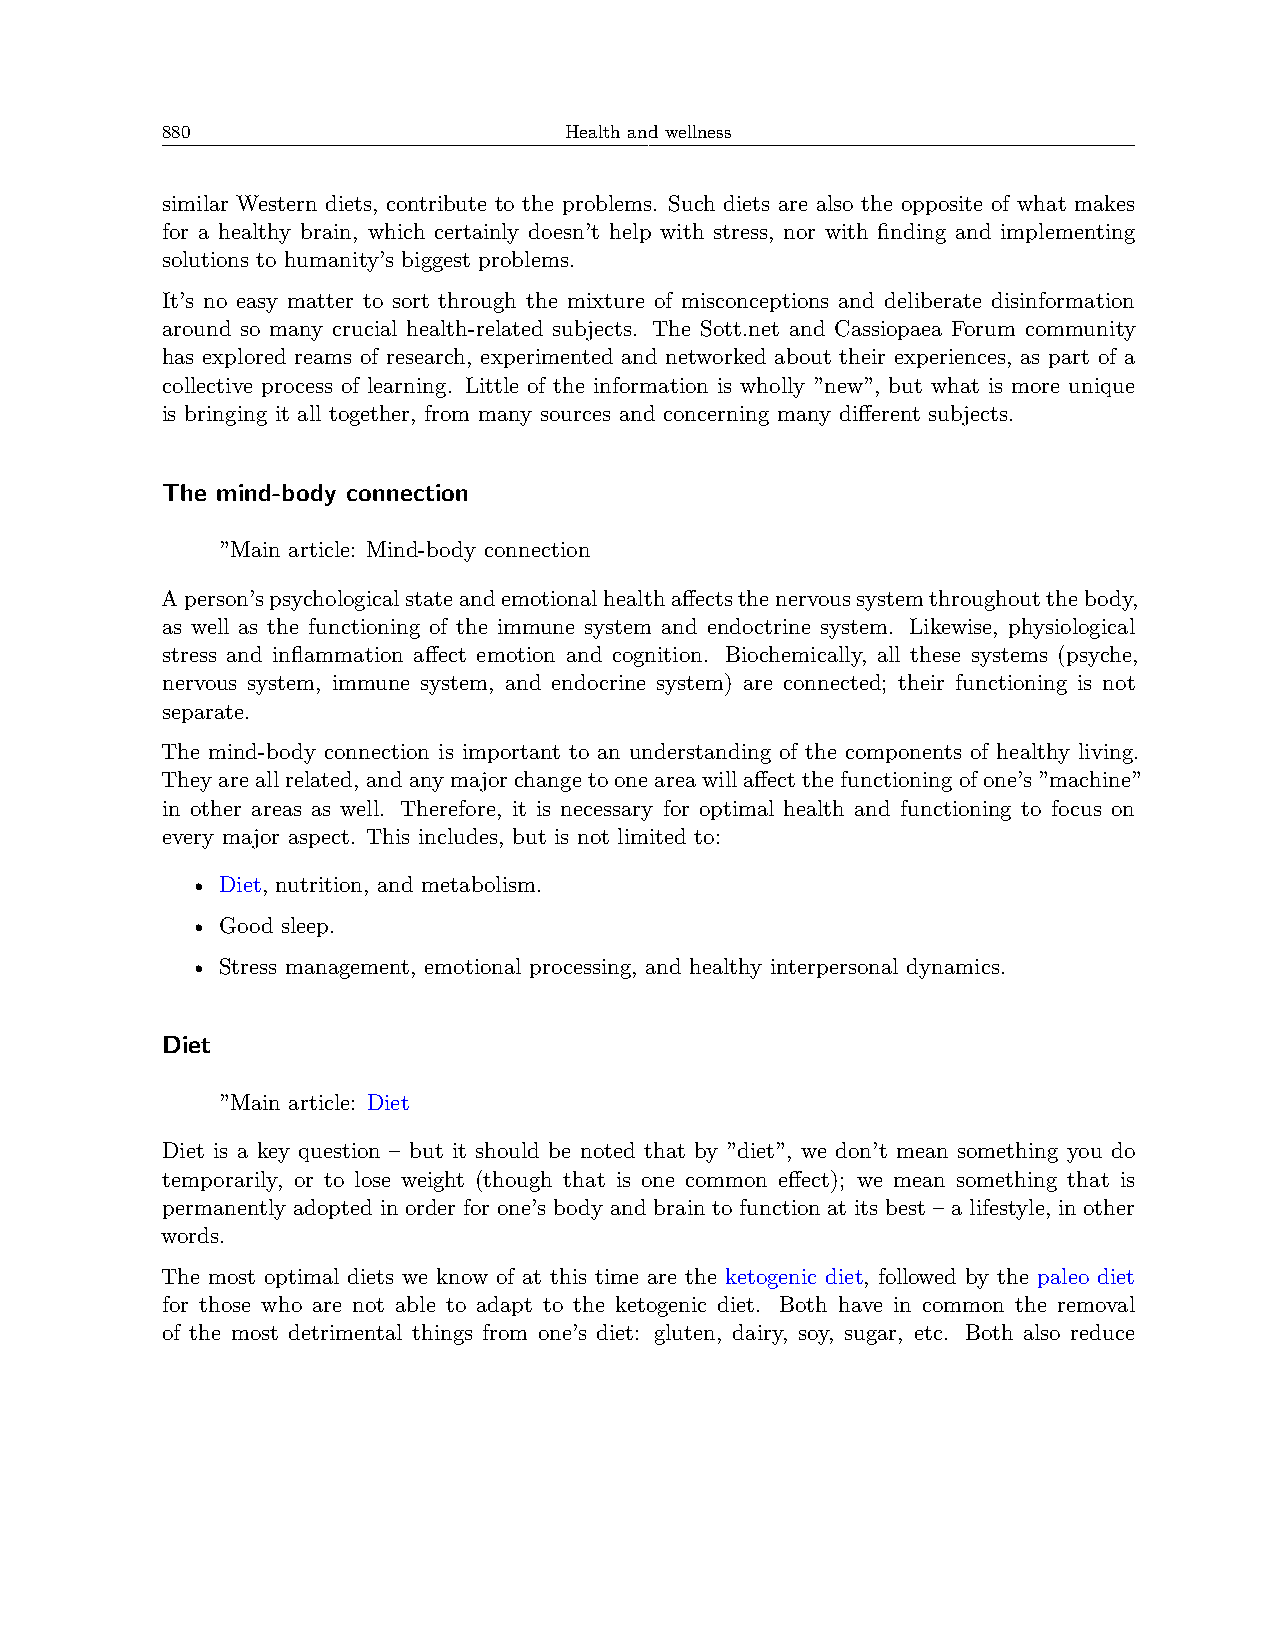
880                       Health and wellness
 similar Western diets, contribute to the problems. Such diets are also the opposite of what makes
 for a healthy brain, which certainly doesn’t help with stress, nor with finding and implementing
 solutions to humanity’s biggest problems.
 It’s no easy matter to sort through the mixture of misconceptions and deliberate disinformation
 around so many crucial health-related subjects. The Sott.net and Cassiopaea Forum community
 has explored reams of research, experimented and networked about their experiences, as part of a
 collective process of learning. Little of the information is wholly ”new”, but what is more unique
 is bringing it all together, from many sources and concerning many different subjects.
 The mind-body connection
 ”Main article: Mind-body connection
 Aperson’spsychologicalstateandemotionalhealthaffectsthenervoussystemthroughoutthebody,
 as well as the functioning of the immune system and endoctrine system. Likewise, physiological
 stress and inflammation affect emotion and cognition. Biochemically, all these systems (psyche,
 nervous system, immune system, and endocrine system) are connected; their functioning is not
 separate.
 The mind-body connection is important to an understanding of the components of healthy living.
 Theyareallrelated, andanymajorchangetooneareawillaffectthefunctioningofone’s”machine”
 in other areas as well. Therefore, it is necessary for optimal health and functioning to focus on
 every major aspect. This includes, but is not limited to:
 • Diet, nutrition, and metabolism.
 • Good sleep.
 • Stress management, emotional processing, and healthy interpersonal dynamics.
 Diet
 ”Main article: Diet
 Diet is a key question – but it should be noted that by ”diet”, we don’t mean something you do
 temporarily, or to lose weight (though that is one common effect); we mean something that is
 permanently adopted in order for one’s body and brain to function at its best – a lifestyle, in other
 words.
 The most optimal diets we know of at this time are the ketogenic diet, followed by the paleo diet
 for those who are not able to adapt to the ketogenic diet. Both have in common the removal
 of the most detrimental things from one’s diet: gluten, dairy, soy, sugar, etc. Both also reduce